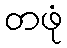
တဖုံ